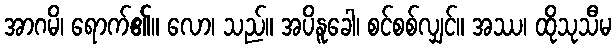
အာဂမိ၊ ရောက်၏။ လော၊ သည်။ အပိနူခေါ၊ စင်စစ်လျှင်။ အဿ၊ ထိုသုသီမ